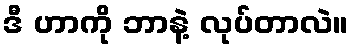
ဒီ ဟာကို ဘာနဲ့ လုပ်တာလဲ။